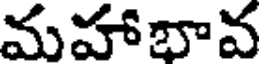
మహాభావ